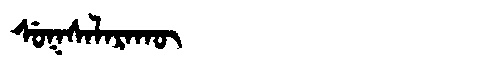
Manchu: ᠰᡠᡴᠰᠠᠯᠠᡵᠠᡴᡡ
Romanization: SUKSALARAKŪ